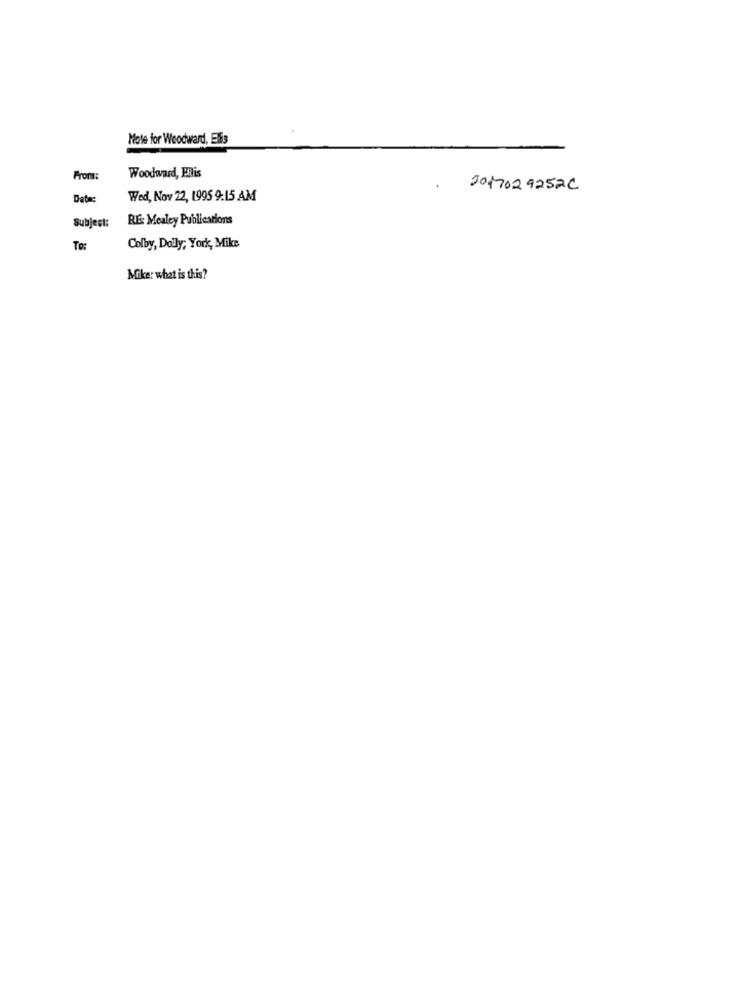
Note for Woodward, Elis
From:
Woodward, Filis
2017029252C
Date:
Wed, Nov 22, 1995 9:15 AM
RE: Mealey Publications
Subject:
To:
Colby, Daily; York, Mike
Mike: what is this?